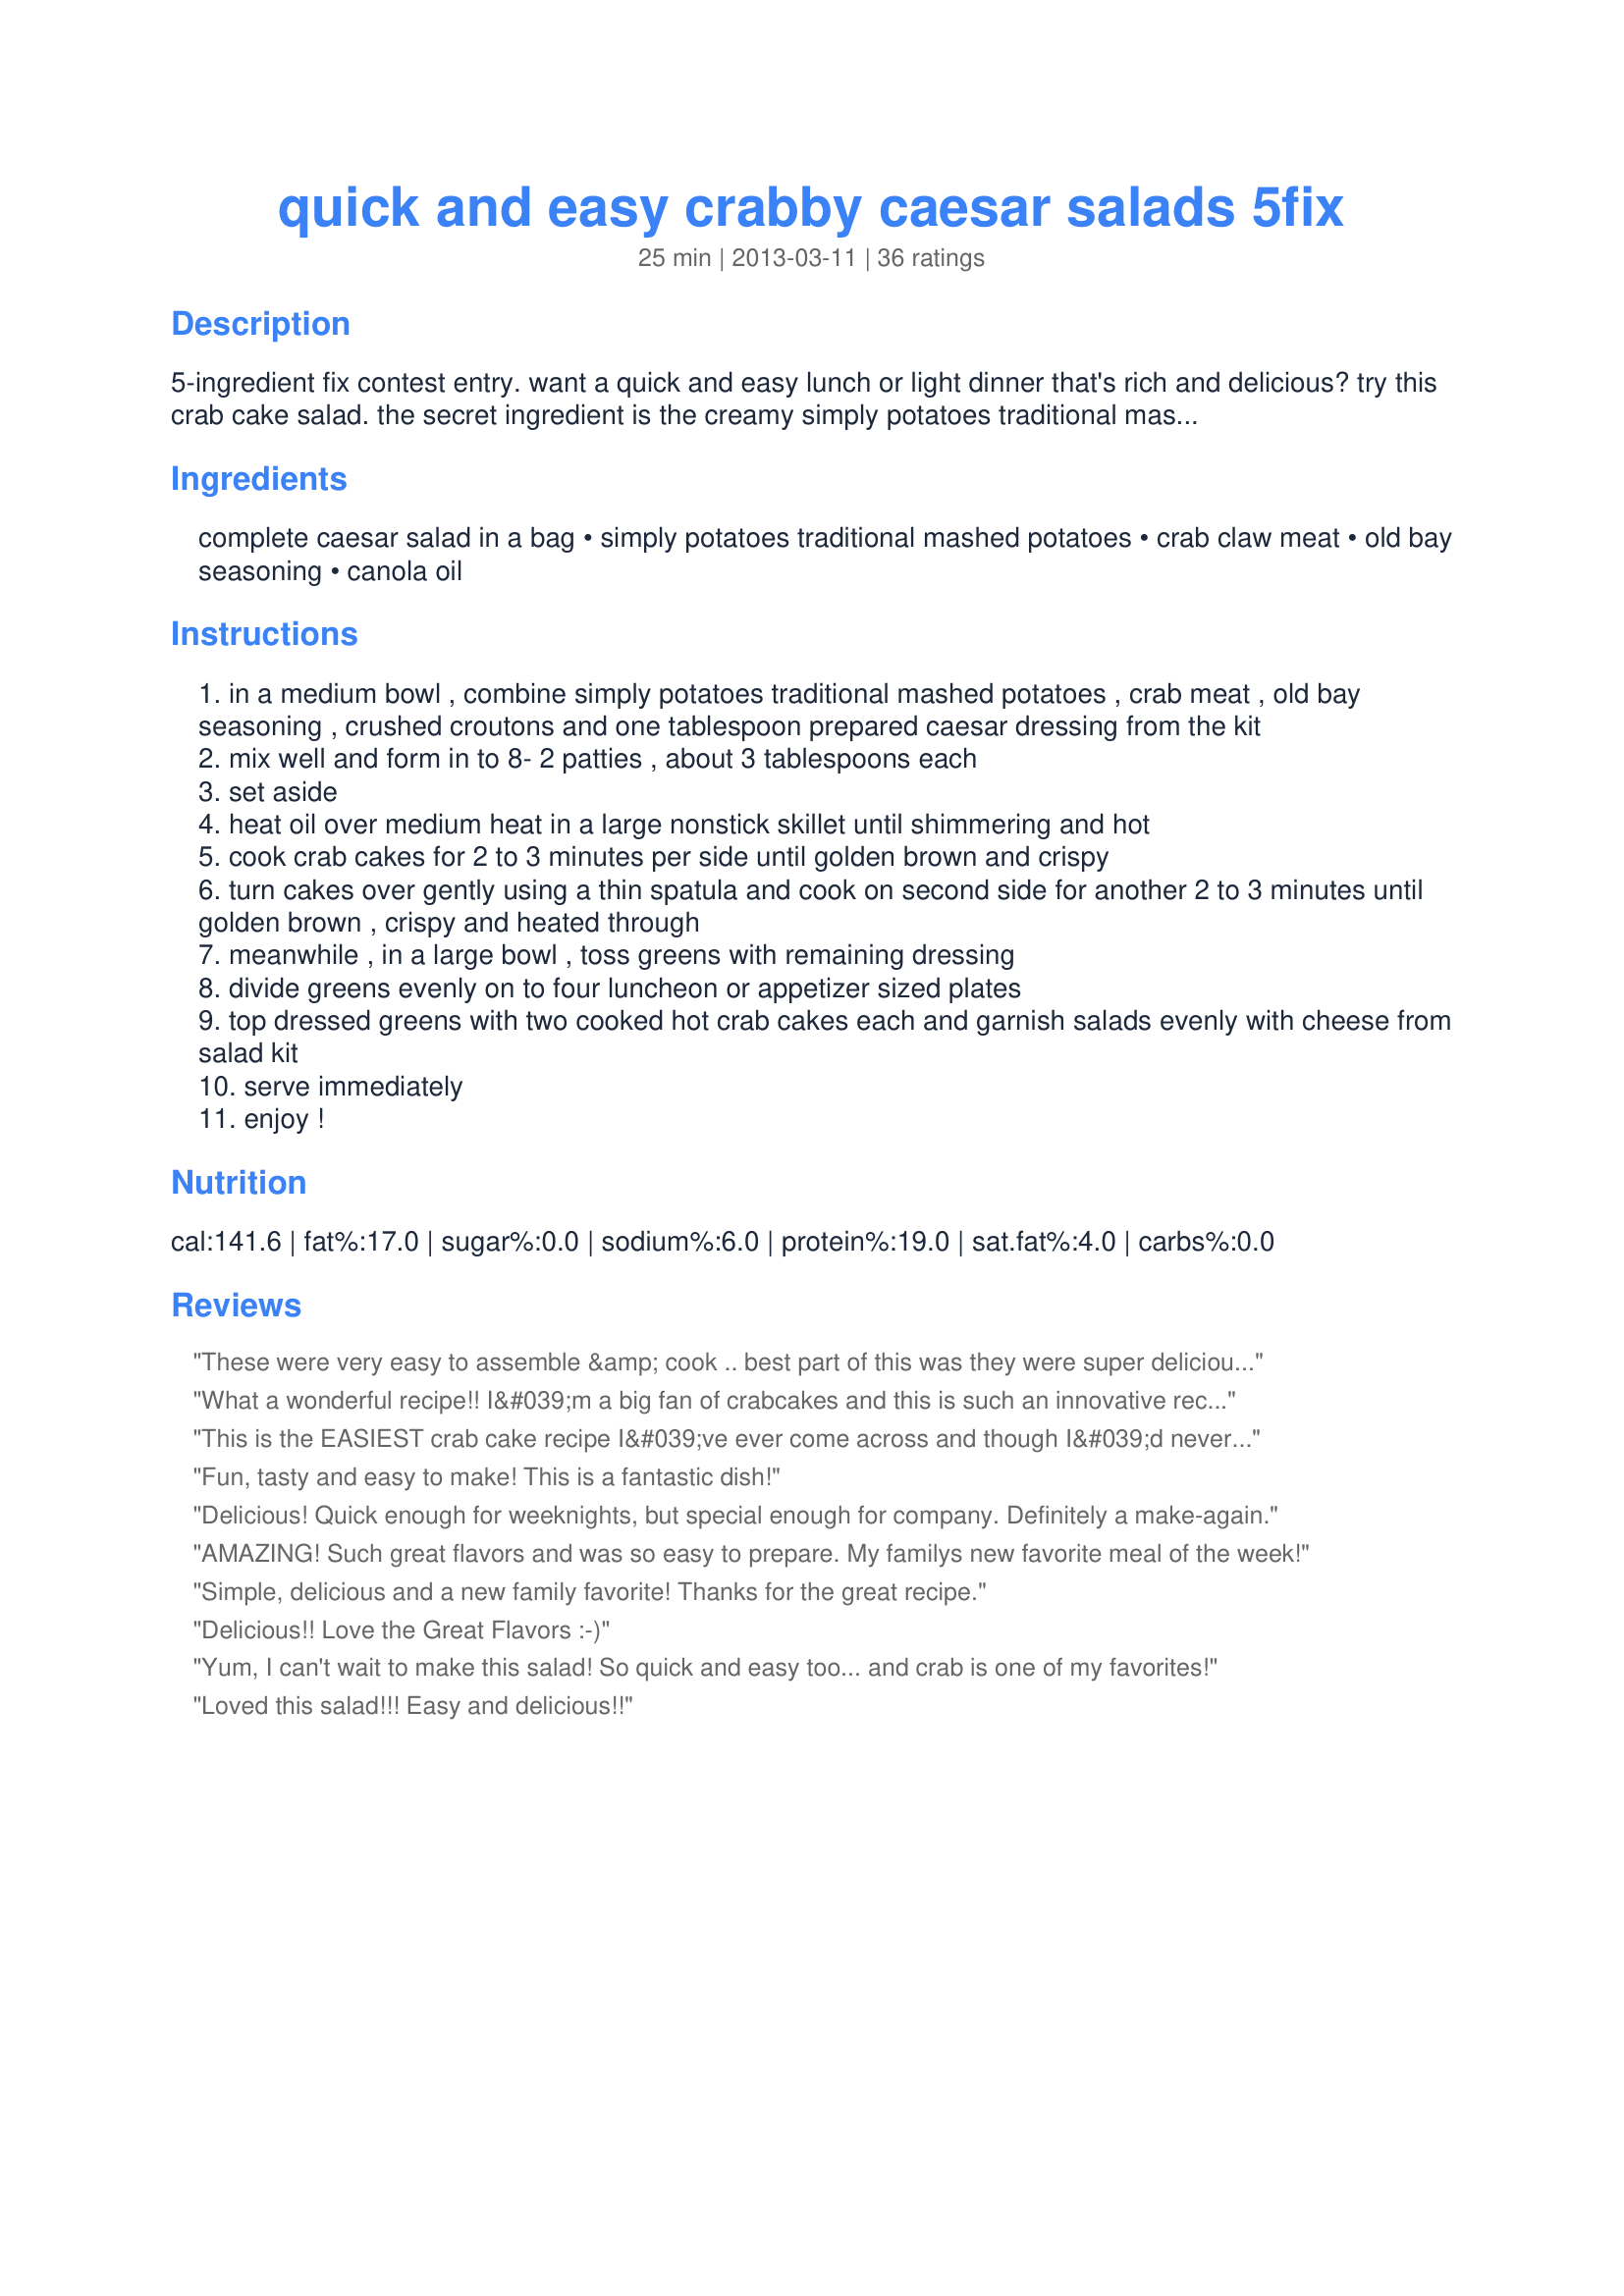
quick and easy crabby caesar salads 5fix
Preparation time: 25 minutes

5-ingredient fix contest entry. want a quick and easy lunch or light dinner that's rich and delicious? try this crab cake salad. the secret ingredient is the creamy simply potatoes traditional mashed potatoes that binds the fresh crab cakes together and adds a luxurious texture and taste to the savory crab. five ingredients, 15 minutes maximum to prepare and so delicious your friends and family will beg for the recipe!

Ingredients:
complete caesar salad in a bag, simply potatoes traditional mashed potatoes, crab claw meat, old bay seasoning, canola oil

Steps:
in a medium bowl , combine simply potatoes traditional mashed potatoes , crab meat , old bay seasoning , crushed croutons and one tablespoon prepared caesar dressing from the kit
mix well and form in to 8- 2 patties , about 3 tablespoons each
set aside
heat oil over medium heat in a large nonstick skillet until shimmering and hot
cook crab cakes for 2 to 3 minutes per side until golden brown and crispy
turn cakes over gently using a thin spatula and cook on second side for another 2 to 3 minutes until golden brown , crispy and heated through
meanwhile , in a large bowl , toss greens with remaining dressing
divide greens evenly on to four luncheon or appetizer sized plates
top dressed greens with two cooked hot crab cakes each and garnish salads evenly with cheese from salad kit
serve immediately
enjoy !

Reviews:
These were very easy to assemble &amp; cook .. best part of this was they were super delicious. thank you for sharing these yummy Crabby Casear Salads with us.
What a wonderful recipe!! I&#039;m a big fan of crabcakes and this is such an innovative recipe .... with only 5 ingredients!!?? Delicious!!!!
This is the EASIEST crab cake recipe I&#039;ve ever come across and though I&#039;d never think to use mashed potatoes in a crab cake, it binds it perfectly and the texture is smooth and rich. The Old Bay is something of a must when I make crab cakes but the combination of the potatoes and the Old Bay made the flavor much more balanced than in other recipes I&#039;ve used. And made it a bit more kid-friendly, which is also VERY nice for a mom trying to cook interesting food that everyone will eat. The salad was creamy, spicy, slightly sweet and crunchy. So good, so easy. And it makes me think of summer.
Fun, tasty and easy to make! This is a fantastic dish!
Delicious! Quick enough for weeknights, but special enough for company. Definitely a make-again.
AMAZING! Such great flavors and was so easy to prepare. My familys new favorite meal of the week!
Simple, delicious and a new family favorite! Thanks for the great recipe.
Delicious!! Love the Great Flavors :-)
Yum, I can't wait to make this salad! So quick and easy too... and crab is one of my favorites!
Loved this salad!!! Easy and delicious!!
Crab on Cesar salad, wonderful!
Delicious recipe.....a winner in my book!
Yum, this is delicious!!
This was a tasty meal!
Quick fun New England salad. I&#039;ve tried it...delicious:)
one of the best recipes I have made with simply potatoes
What an amazing blend of flavors!
Love crab cakes.
I am a huge fan of blue crabs and love a good crab cake!! This recipe is delicious,so easy to make and very flavorful for a recipe with only a few ingredients. This is definitely on my recipe rotation for quick and easy summer meals!!!
I&#039;d like this for lunch please ;)/&lt;br/&gt;Great idea too.
Yum! I&#039;m happy to have you make this dish for me anytime!
YUM! Beautiful too!
Oohh ah...perfect salads ! Love the combinations ! Five stars !
Love everything crab.
This is a simple to prepare salad that is packed with flavor...love!
It was in a word--delicious. The crab cakes with Caesar salad is one of the finest things I have had. The flavors blend so well together that the second, the third and the fourth bites get better as you continue to eat. This is something you can have at anytime of year and be ultimately satisfied!
This looks like a fun salad!
I&#039;m all over this!! xo
These are SO YUMMY, and pretty simple to make!
did i tell u how beautiful this is? because it won&#039;t let me rate I&#039;m guessing this was so good I came back twice...back again and was able to rate! WOW I want this!
These sound and look ahhhhmazin' , Laurie!
Those crab cakes don&#039;t make me crabby at all!!! They make me happy. :)
oh!! love that!!! awesome!!
Looks delish!
This really IS a quick and easy but yet elegant salad. I think I&#039;m gong to serve it at an upcoming ladies luncheon. It will be perfect!
Quick, easy & BIG flavor. These are absolutely Delicious!
